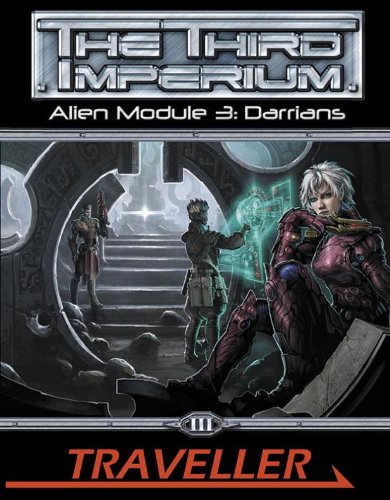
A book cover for Traveller Alien Module 3: Darrians (Traveller Sci-Fi Roleplaying); Pete Nash; Science Fiction & Fantasy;